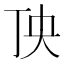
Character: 𱍒